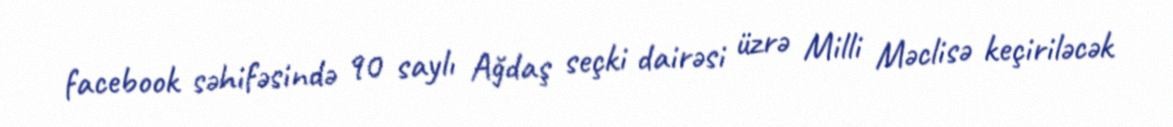
facebook səhifəsində 90 saylı Ağdaş seçki dairəsi üzrə Milli Məclisə keçiriləcək